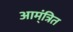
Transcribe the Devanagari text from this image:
आम्ंत्रित